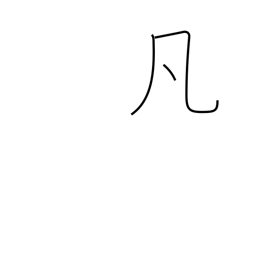
Meaning: ordinary